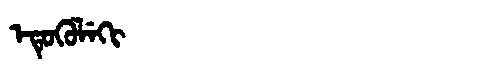
Manchu: ᡝᡨᡠᡴᡠᠯᡝᡴᡳ
Romanization: ETUKULEKI